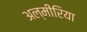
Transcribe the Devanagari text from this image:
अल्मीरिया